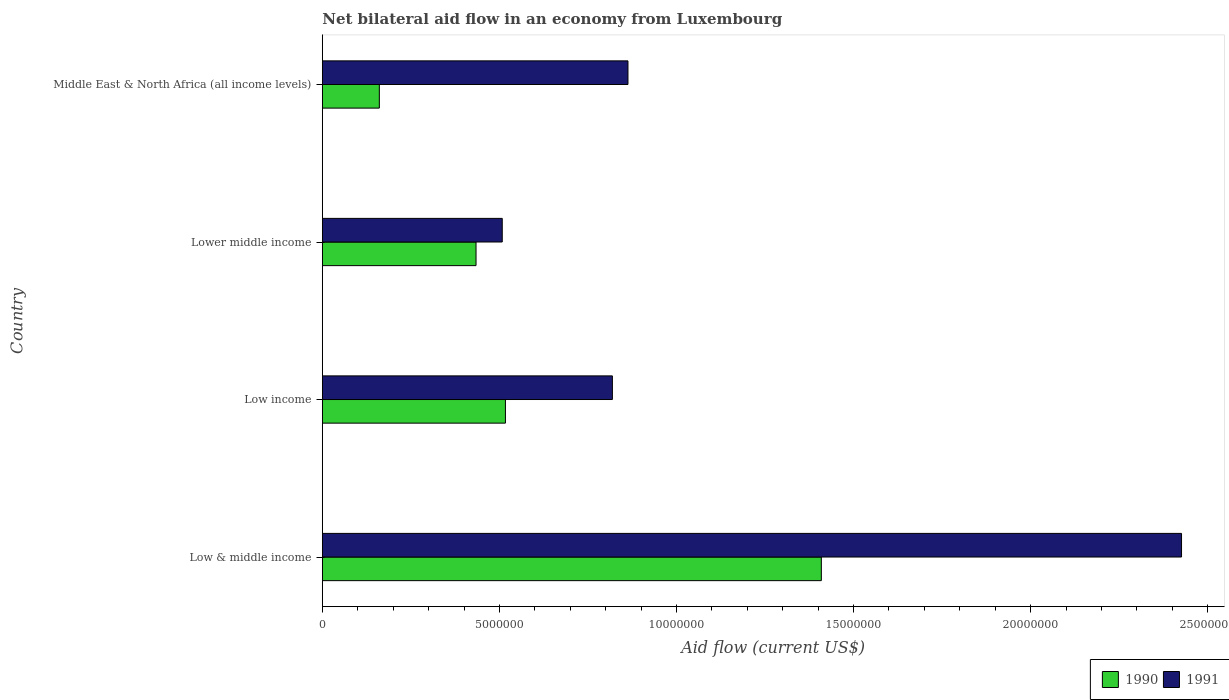
| Country | 1990 | 1991 |
 | --- | --- | --- |
 | Low & middle income | 1.41e+07 | 2.43e+07 |
 | Low income | 5.17e+06 | 8.19e+06 |
 | Lower middle income | 4.34e+06 | 5.08e+06 |
 | Middle East & North Africa (all income levels) | 1.61e+06 | 8.63e+06 |